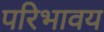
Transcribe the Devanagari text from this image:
परिभावय